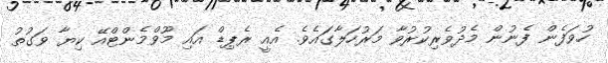
ހުވަފެން ފެނުން މެދުވެރިކުރުވާ މަރުހަލާގައެވެ. އެއީ ރެޕިޑް އައި މޫވްމެންޓްއޭ ކިޔާ ވަގުތު